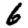
Digit: 6